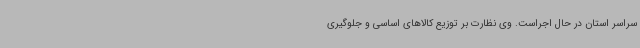
سراسر استان در حال اجراست. وی نظارت بر توزیع کالاهای اساسی و جلوگیری